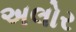
અલોર